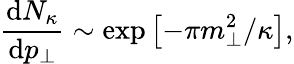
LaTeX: \frac{\mathrm{d}N_{\kappa}}{\mathrm{d}p_{\perp}}\sim\mathrm{exp}\left[-\pi m_{\perp}^{2}/\kappa\right],